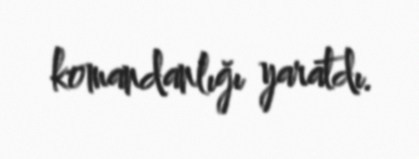
komandanlığı yaratdı.